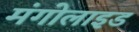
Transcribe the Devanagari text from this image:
मंगोलाइड